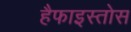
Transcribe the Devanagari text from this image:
हैफाइस्तोस